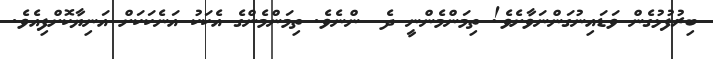
ބިރުފުޅުގެން ވަޑައިނުގަންނަވާށެވެ! ތިމަންމެންނީ ދެ  ންނެވެ. ތިމަންމެންގެ އެކަކު އަނެކަކަށް އަނިޔާކޮށްފިއެވެ.